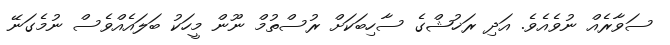
ސަވާރެއް ނުވެއެވެ. އަދި ރަޚުޝްގެ ސާހިބަކަށް ރުސްތުމް ނޫން މީހަކު ބަލައެއްވެސް ނުމެގަނޭ